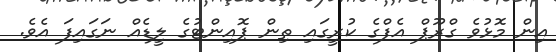
އިން މޮޅުވެ ގްރޫޕް އެފްގެ ކުރީގައި ތިން ޕޮއިންޓުގެ ލީޑެއް ނަގައިފަ އެވެ.